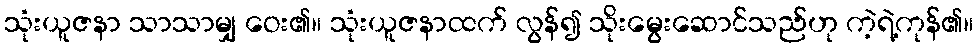
သုံးယူဇနာ သာသာမျှ ဝေး၏။ သုံးယူဇနာထက် လွန်၍ သိုးမွေးဆောင်သည်ဟု ကဲ့ရဲ့ကုန်၏။